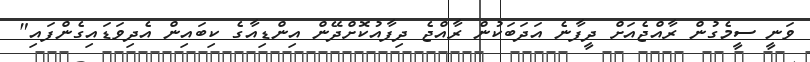
ވަނީ ސީމެގުން ރާއްޖެއަށް ދީފާނެ އަދަބަކުން ރާއްޖެ ދިފާއުކޮށްދޭން އިންޑިއާގެ ކިބައިން އެދިވަޑައިގެންފައި"